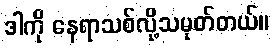
ဒါကို နေရာသစ်လို့သမုတ်တယ်။